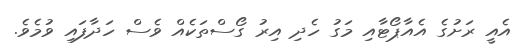
އެއީ ރަށުގެ އެއާޕޯޓާއި މަގު ހެދި އިރު ގޯސްތަކެއް ވެސް ހަދާފައި ވުމެވެ.